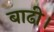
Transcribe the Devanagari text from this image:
बाढी।